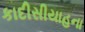
કાદીસીયાહના